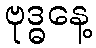
ဗုဒ္ဓနေ့